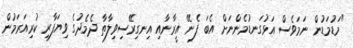
"މަޑުމަޑުން ނަމަވެސް އަޅުގަނޑުމެންނަށް އެބަ ފެނޭ އީރާނާއި އިނގިރޭސިވިލާތާ ދެމެދުގެ ވިޔަފާރި ކުރިއަރަމުން